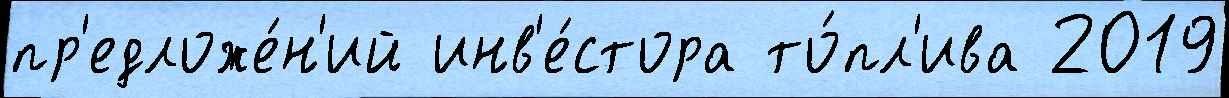
пр'едложе́н'ий инв'е́стора то́пл'ива 2019